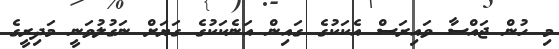
މި ހުން ޖައްސާ ވައިރަސް އެކަކުގެ ގައިން އަނެކަކުގެ ގަޔަށް ނަގުލުވަނީ މަދިރީގެ